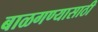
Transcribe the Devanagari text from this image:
बाळगण्यासाठी